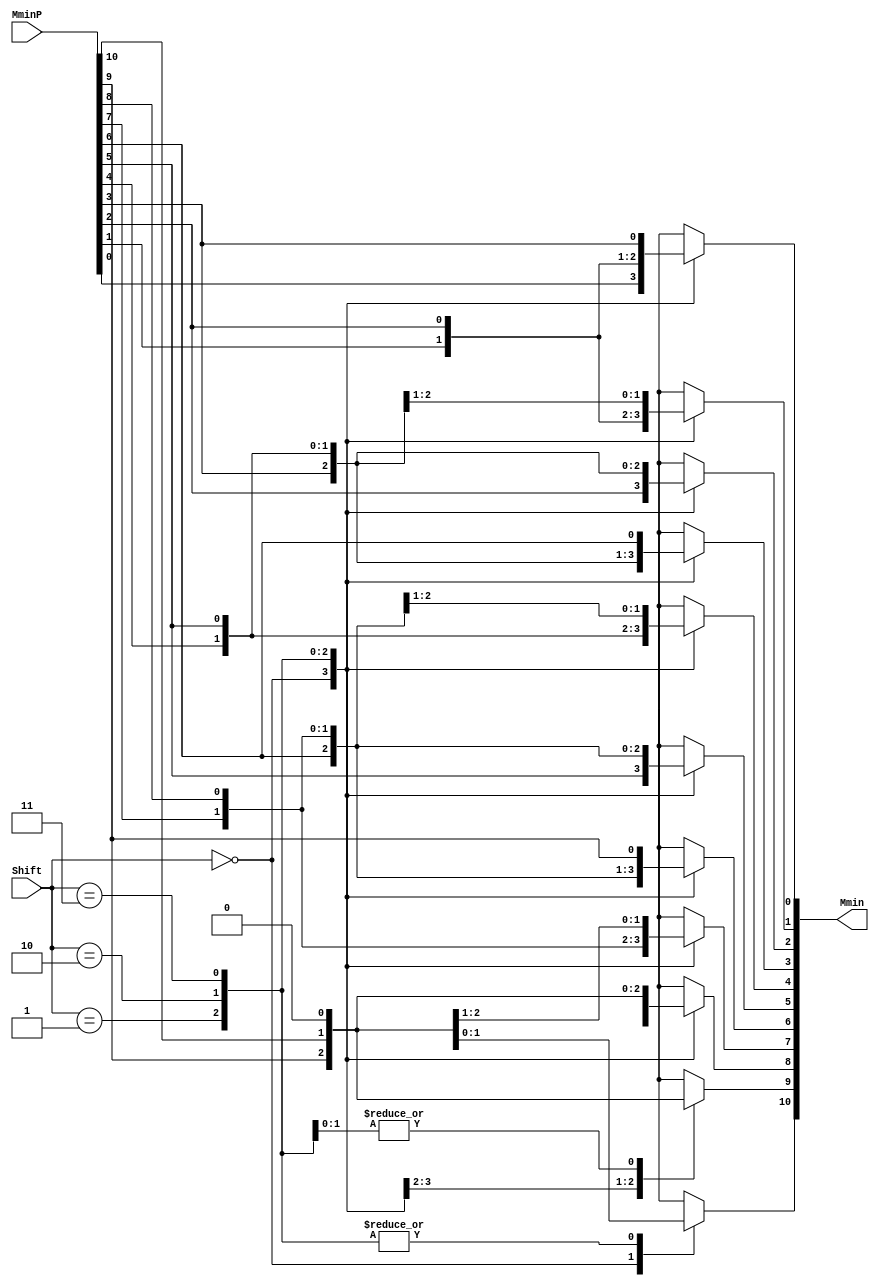
`define BFLOAT16 
`define VCS
`define EXPONENT 8
`define MANTISSA 7
`define EXPONENT 5
`define MANTISSA 10
`define SIGN 1
`define DWIDTH (`SIGN+`EXPONENT+`MANTISSA)
`define AWIDTH 10
`define MEM_SIZE 1024
`define DESIGN_SIZE 12
`define CU_SIZE 4
`define MASK_WIDTH 4
`define MEM_ACCESS_LATENCY 1
`define REG_DATAWIDTH 32
`define REG_ADDRWIDTH 8
`define ITERATIONS_WIDTH 32
`define REG_STDN_ADDR 32'h4
`define REG_MATRIX_A_ADDR 32'he
`define REG_MATRIX_B_ADDR 32'h12
`define REG_MATRIX_C_ADDR 32'h16
`define REG_VALID_MASK_A_ADDR 32'h20
`define REG_VALID_MASK_B_ADDR 32'h5c
`define REG_ITERATIONS_ADDR 32'h40
`define PE_PIPELINE_DEPTH 5
`define IDLE     2'b00
`define W_ENABLE  2'b01
`define R_ENABLE  2'b10

module FPAddSub_AlignShift2(
		MminP,
		Shift,
		Mmin
	);
	
	// Input ports
	input [`MANTISSA:0] MminP ;						// Smaller mantissa after 16|12|8|4 shift
	input [1:0] Shift ;						// Shift amount. Last 2 bits
	
	// Output ports
	output [`MANTISSA:0] Mmin ;						// The smaller mantissa
	
	// Internal Signal
	reg	  [`MANTISSA:0]		Lvl3;
	wire    [2*`MANTISSA+1:0]    Stage2;	
	integer           j;               // Loop variable
	
	assign Stage2 = {11'b0, MminP};

	always @(*) begin    // Rotate {0 | 1 | 2 | 3} bits
	  case (Shift[1:0])
			// Rotate by 0
			2'b00:  Lvl3 <= Stage2[`MANTISSA:0];   
			// Rotate by 1
			2'b01:  begin for (j=0; j<=`MANTISSA; j=j+1)  begin Lvl3[j] <= Stage2[j+1]; end Lvl3[`MANTISSA] <= 0; end 
			// Rotate by 2
			2'b10:  begin for (j=0; j<=`MANTISSA; j=j+1)  begin Lvl3[j] <= Stage2[j+2]; end Lvl3[`MANTISSA:`MANTISSA-1] <= 0; end 
			// Rotate by 3
			2'b11:  begin for (j=0; j<=`MANTISSA; j=j+1)  begin Lvl3[j] <= Stage2[j+3]; end Lvl3[`MANTISSA:`MANTISSA-2] <= 0; end 	  
	  endcase
	end
	
	// Assign output
	assign Mmin = Lvl3;						// Take out smaller mantissa				

endmodule